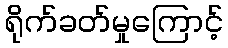
ရိုက်ခတ်မှုကြောင့်